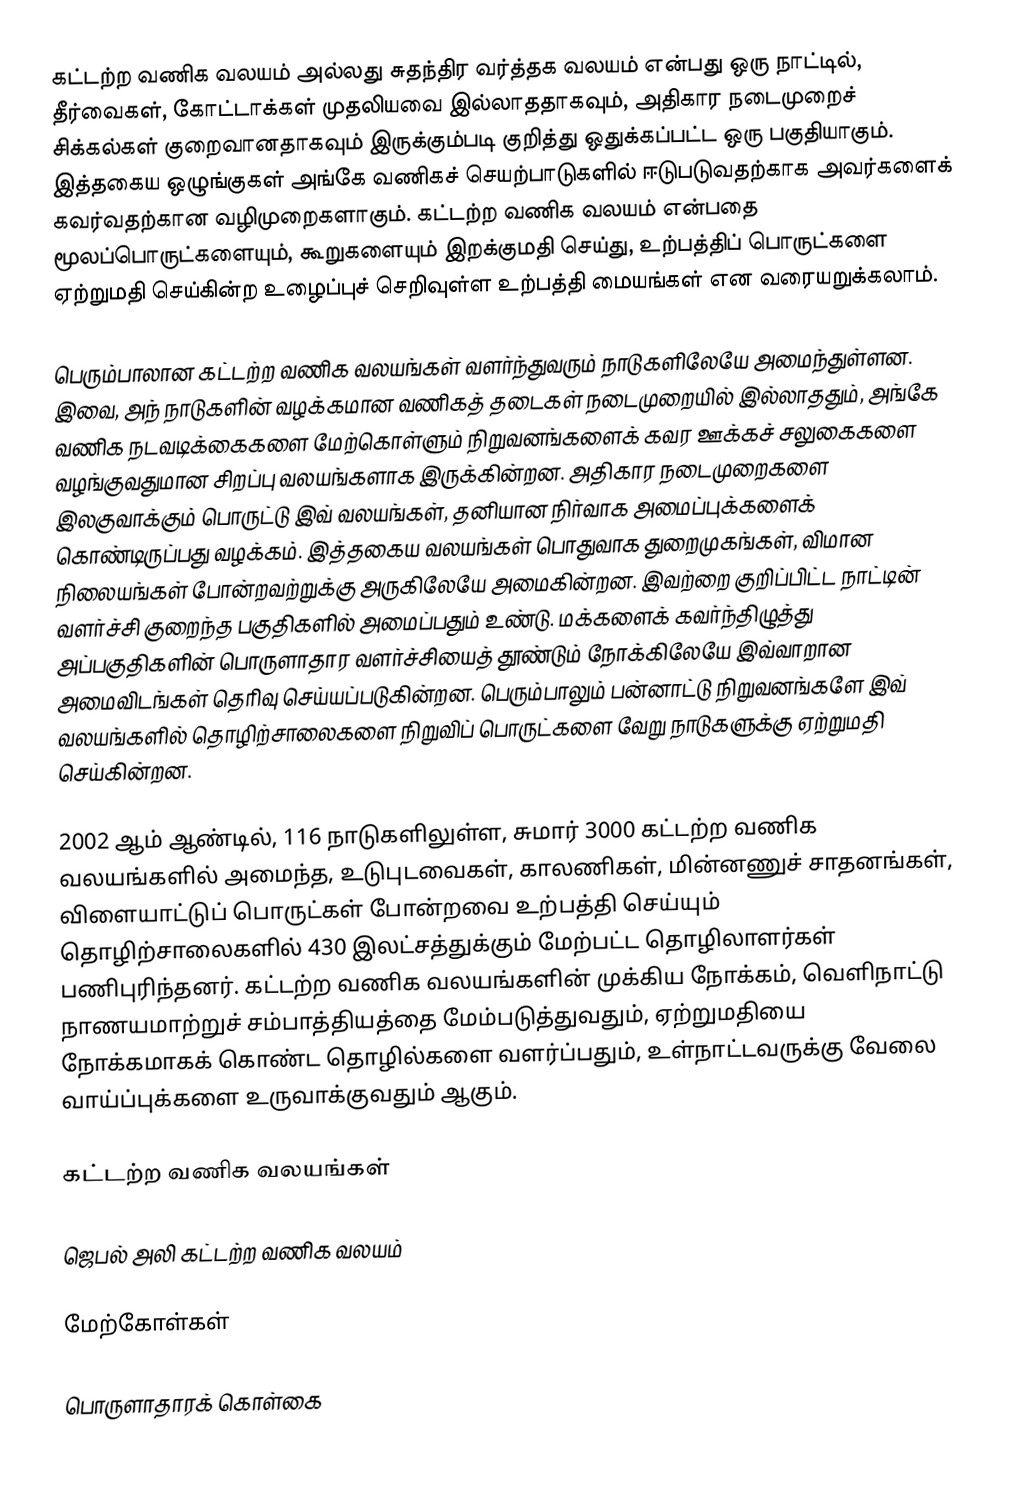
கட்டற்ற வணிக வலயம் அல்லது சுதந்திர வர்த்தக வலயம் என்பது ஒரு நாட்டில், தீர்வைகள், கோட்டாக்கள் முதலியவை இல்லாததாகவும், அதிகார நடைமுறைச் சிக்கல்கள் குறைவானதாகவும் இருக்கும்படி குறித்து ஒதுக்கப்பட்ட ஒரு பகுதியாகும். இத்தகைய ஒழுங்குகள் அங்கே வணிகச் செயற்பாடுகளில் ஈடுபடுவதற்காக அவர்களைக் கவர்வதற்கான வழிமுறைகளாகும். கட்டற்ற வணிக வலயம் என்பதை மூலப்பொருட்களையும், கூறுகளையும் இறக்குமதி செய்து, உற்பத்திப் பொருட்களை ஏற்றுமதி செய்கின்ற உழைப்புச் செறிவுள்ள உற்பத்தி மையங்கள் என வரையறுக்கலாம்.

பெரும்பாலான கட்டற்ற வணிக வலயங்கள் வளர்ந்துவரும் நாடுகளிலேயே அமைந்துள்ளன. இவை, அந் நாடுகளின் வழக்கமான வணிகத் தடைகள் நடைமுறையில் இல்லாததும், அங்கே வணிக நடவடிக்கைகளை மேற்கொள்ளும் நிறுவனங்களைக் கவர ஊக்கச் சலுகைகளை வழங்குவதுமான சிறப்பு வலயங்களாக இருக்கின்றன. அதிகார நடைமுறைகளை இலகுவாக்கும் பொருட்டு இவ் வலயங்கள், தனியான நிர்வாக அமைப்புக்களைக் கொண்டிருப்பது வழக்கம். இத்தகைய வலயங்கள் பொதுவாக துறைமுகங்கள், விமான நிலையங்கள் போன்றவற்றுக்கு அருகிலேயே அமைகின்றன. இவற்றை குறிப்பிட்ட நாட்டின் வளர்ச்சி குறைந்த பகுதிகளில் அமைப்பதும் உண்டு. மக்களைக் கவர்ந்திழுத்து அப்பகுதிகளின் பொருளாதார வளர்ச்சியைத் தூண்டும் நோக்கிலேயே இவ்வாறான அமைவிடங்கள் தெரிவு செய்யப்படுகின்றன. பெரும்பாலும் பன்னாட்டு நிறுவனங்களே இவ் வலயங்களில் தொழிற்சாலைகளை நிறுவிப் பொருட்களை வேறு நாடுகளுக்கு ஏற்றுமதி செய்கின்றன.

2002 ஆம் ஆண்டில், 116 நாடுகளிலுள்ள, சுமார் 3000 கட்டற்ற வணிக வலயங்களில் அமைந்த, உடுபுடவைகள், காலணிகள், மின்னணுச் சாதனங்கள், விளையாட்டுப் பொருட்கள் போன்றவை உற்பத்தி செய்யும் தொழிற்சாலைகளில் 430 இலட்சத்துக்கும் மேற்பட்ட தொழிலாளர்கள் பணிபுரிந்தனர். கட்டற்ற வணிக வலயங்களின் முக்கிய நோக்கம், வெளிநாட்டு நாணயமாற்றுச் சம்பாத்தியத்தை மேம்படுத்துவதும், ஏற்றுமதியை நோக்கமாகக் கொண்ட தொழில்களை வளர்ப்பதும், உள்நாட்டவருக்கு வேலை வாய்ப்புக்களை உருவாக்குவதும் ஆகும்.

கட்டற்ற வணிக வலயங்கள்

 ஜெபல் அலி கட்டற்ற வணிக வலயம்

மேற்கோள்கள்

பொருளாதாரக் கொள்கை